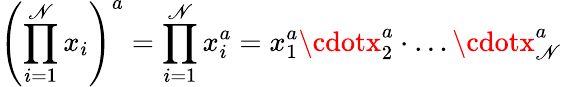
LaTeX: \left(\prod_{i=1}^{\mathscr{N}}x_{i}\right)^{a}=\prod_{i=1}^{\mathscr{N}}x_{i}^{a}=x_{1}^{a}\cdotx_{2}^{a}\cdot\ldots\cdotx_{\mathscr{N}}^{a}